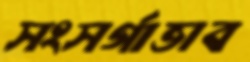
সংসর্গাভাব